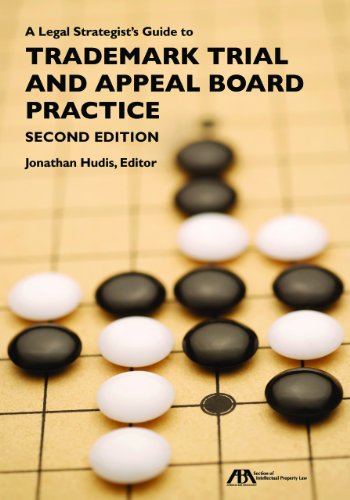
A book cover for A Legal Strategist's Guide to Trademark Trial and Appeal Board Practice; Law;